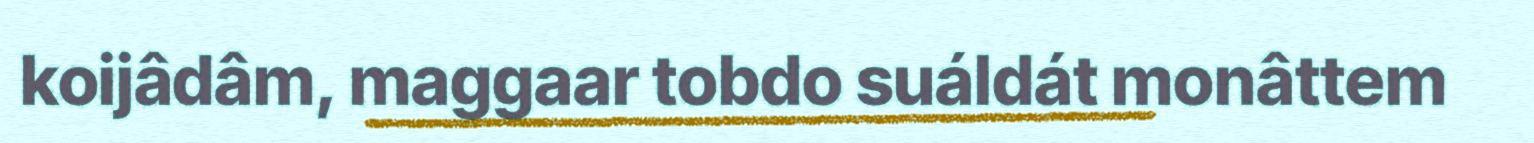
koijâdâm, maggaar tobdo suáldát monâttem